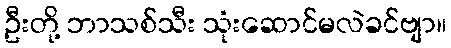
ဦးတို့ ဘာသစ်သီး သုံးဆောင်မလဲခင်ဗျာ။